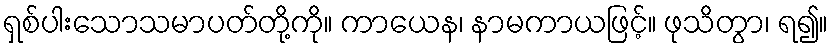
ရှစ်ပါးသောသမာပတ်တို့ကို။ ကာယေန၊ နာမကာယဖြင့်။ ဖုသိတွာ၊ ရ၍။